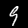
Label: 9